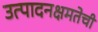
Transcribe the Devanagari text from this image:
उत्पादनक्षमतेची